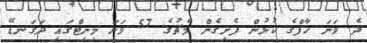
ދެ ވަނަ ހާފްގެ ކުޅުން ފެށިގެން މެޗުގެ 57 ވަނަ މިނިޓްގައި ދަގަނޑޭ